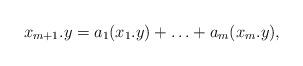
LaTeX: \begin{align*}x_{m+1}.y=a_1(x_1.y)+\ldots +a_m(x_m.y),\end{align*}